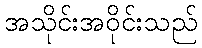
အသိုင်းအဝိုင်းသည်